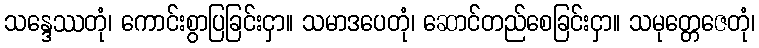
သန္ဒေဿတုံ၊ ကောင်းစွာပြခြင်းငှာ။ သမာဒပေတုံ၊ ဆောင်တည်စေခြင်းငှာ။ သမုတ္တေဇေတုံ၊